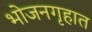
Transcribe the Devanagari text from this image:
भोजनगृहात